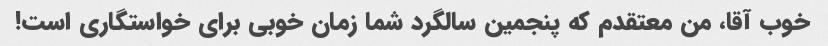
خوب آقا، من معتقدم که پنجمین سالگرد شما زمان خوبی برای خواستگاری است!